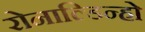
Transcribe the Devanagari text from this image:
रोनाल्डिन्हो